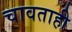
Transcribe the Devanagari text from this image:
चावताही